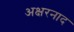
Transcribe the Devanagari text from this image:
अक्षरनाद